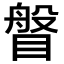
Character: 𥈼